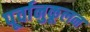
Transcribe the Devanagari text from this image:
पूर्वानुकूलन